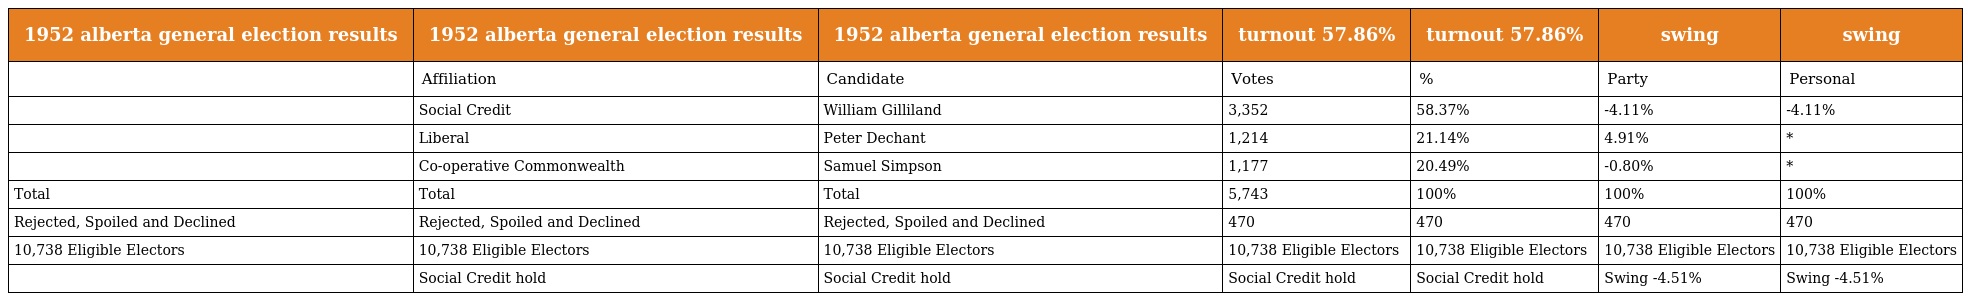
| 1952 alberta general election results | 1952 alberta general election results | 1952 alberta general election results | turnout 57.86% | turnout 57.86% | swing | swing |
 | --- | --- | --- | --- | --- | --- | --- |
 |  | Affiliation | Candidate | Votes | % | Party | Personal |
 |  | Social Credit | William Gilliland | 3,352 | 58.37% | -4.11% | -4.11% |
 |  | Liberal | Peter Dechant | 1,214 | 21.14% | 4.91% | * |
 |  | Co-operative Commonwealth | Samuel Simpson | 1,177 | 20.49% | -0.80% | * |
 | Total | Total | Total | 5,743 | 100% | 100% | 100% |
 | Rejected, Spoiled and Declined | Rejected, Spoiled and Declined | Rejected, Spoiled and Declined | 470 | 470 | 470 | 470 |
 | 10,738 Eligible Electors | 10,738 Eligible Electors | 10,738 Eligible Electors | 10,738 Eligible Electors | 10,738 Eligible Electors | 10,738 Eligible Electors | 10,738 Eligible Electors |
 |  | Social Credit hold | Social Credit hold | Social Credit hold | Social Credit hold | Swing -4.51% | Swing -4.51% |